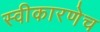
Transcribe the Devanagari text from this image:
स्वीकारणेच